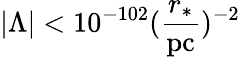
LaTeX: |\Lambda|<10^{-102}(\frac{r_{*}}{\mathrm{pc}})^{-2}